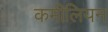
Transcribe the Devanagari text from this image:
कमीलियन